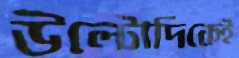
উল্টোদিকেই